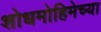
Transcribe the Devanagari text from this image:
शोधमोहिमेच्या